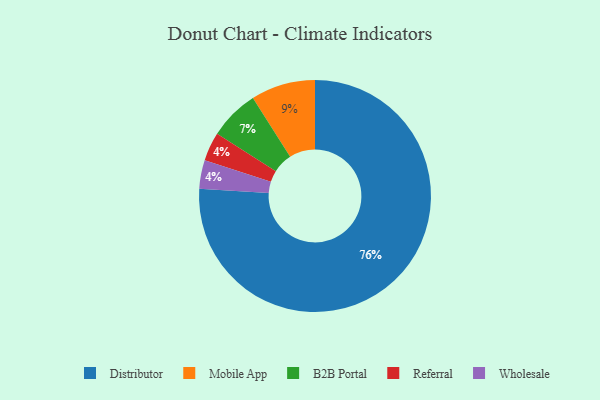
{"axis": {"x": "Category", "y": "Percentage"}, "legend": ["B2B Portal", "Distributor", "Mobile App", "Referral", "Wholesale"], "data": [{"x": "B2B Portal", "y": 7, "type": "B2B Portal"}, {"x": "Referral", "y": 4, "type": "Referral"}, {"x": "Mobile App", "y": 9, "type": "Mobile App"}, {"x": "Distributor", "y": 76, "type": "Distributor"}, {"x": "Wholesale", "y": 4, "type": "Wholesale"}]}